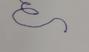
Signature authenticity: forged